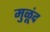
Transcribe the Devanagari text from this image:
मुळूंद